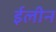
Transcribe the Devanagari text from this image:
ईलीन